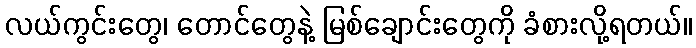
လယ်ကွင်းတွေ၊ တောင်တွေနဲ့ မြစ်ချောင်းတွေကို ခံစားလို့ရတယ်။